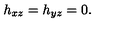
h _ { x z } = h _ { y z } = 0 .